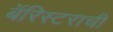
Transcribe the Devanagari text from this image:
बॅरिस्टराची